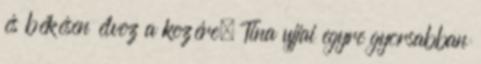
és békésen élvez a kezére. Tina ujjai egyre gyorsabban